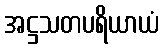
အဋ္ဌသတပရိယာယံ